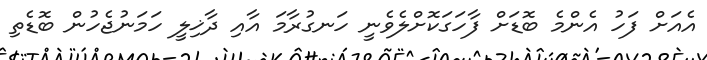
އެއަށް ފަހު އެންމެ ބޮޑަށް ފާހަގަކޮށްލެވެނީ ހަނގުރާމަ އާއި ދާޚިލީ ހަމަނުޖެހުން ބޮޑެތި